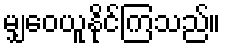
မျှဝေယူနိုင်ကြသည်။